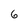
Character: 6